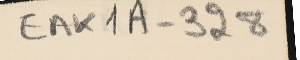
EAK1A - 328